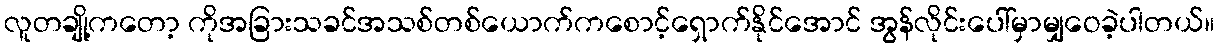
လူတချို့ကတော့ ကိုအခြားသခင်အသစ်တစ်ယောက်ကစောင့်ရှောက်နိုင်အောင် အွန်လိုင်းပေါ်မှာမျှဝေခဲ့ပါတယ်။